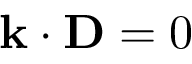
\mathbf { k } \cdot \mathbf { D } = 0